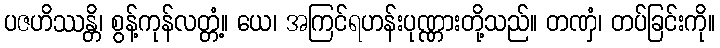
ပဇဟိဿန္တိ၊ စွန့်ကုန်လတ္တံ့။ ယေ၊ အကြင်ရဟန်းပုဏ္ဏားတို့သည်။ တဏှံ၊ တပ်ခြင်းကို။